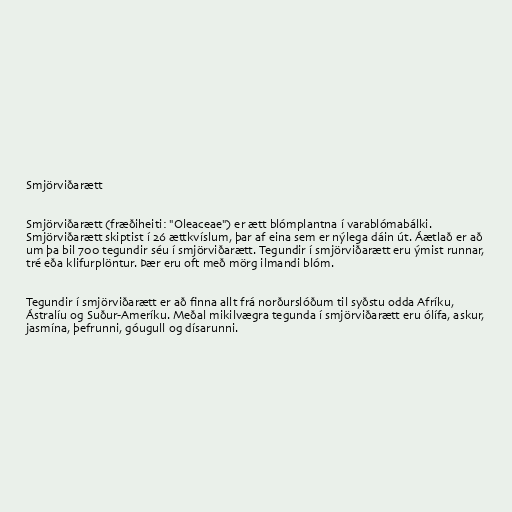
Smjörviðarætt

Smjörviðarætt (fræðiheiti: "Oleaceae") er ætt blómplantna í varablómabálki.
Smjörviðarætt skiptist í 26 ættkvíslum, þar af eina sem er nýlega dáin út. Áætlað er að
um þa bil 700 tegundir séu í smjörviðarætt. Tegundir í smjörviðarætt eru ýmist runnar,
tré eða klifurplöntur. Þær eru oft með mörg ilmandi blóm.

Tegundir í smjörviðarætt er að finna allt frá norðurslóðum til syðstu odda Afríku,
Ástralíu og Suður-Ameríku. Meðal mikilvægra tegunda í smjörviðarætt eru ólífa, askur,
jasmína, þefrunni, góugull og dísarunni.